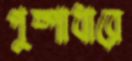
পুষ্পাধারে